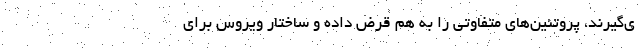
ی‌گیرند، پروتئین‌های متفاوتی را به هم قرض داده و ساختار ویروس برای